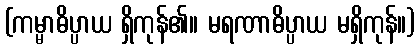
(ကမ္မာဓိပ္ပာယ ရှိကုန်၏။ မရဏာဓိပ္ပာယ မရှိကုန်။)